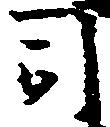
司